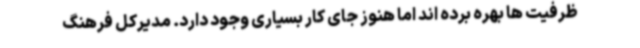
ظرفیت ها بهره برده اند اما هنوز جای کار بسیاری وجود دارد. مدیرکل فرهنگ